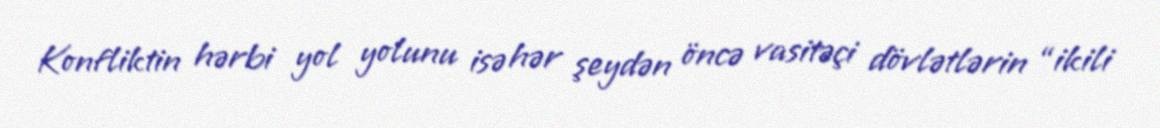
Konfliktin hərbi yol yolunu isə hər şeydən öncə vasitəçi dövlətlərin “ikili